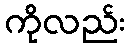
ကိုလည်း